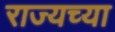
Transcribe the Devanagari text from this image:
राज्यच्या